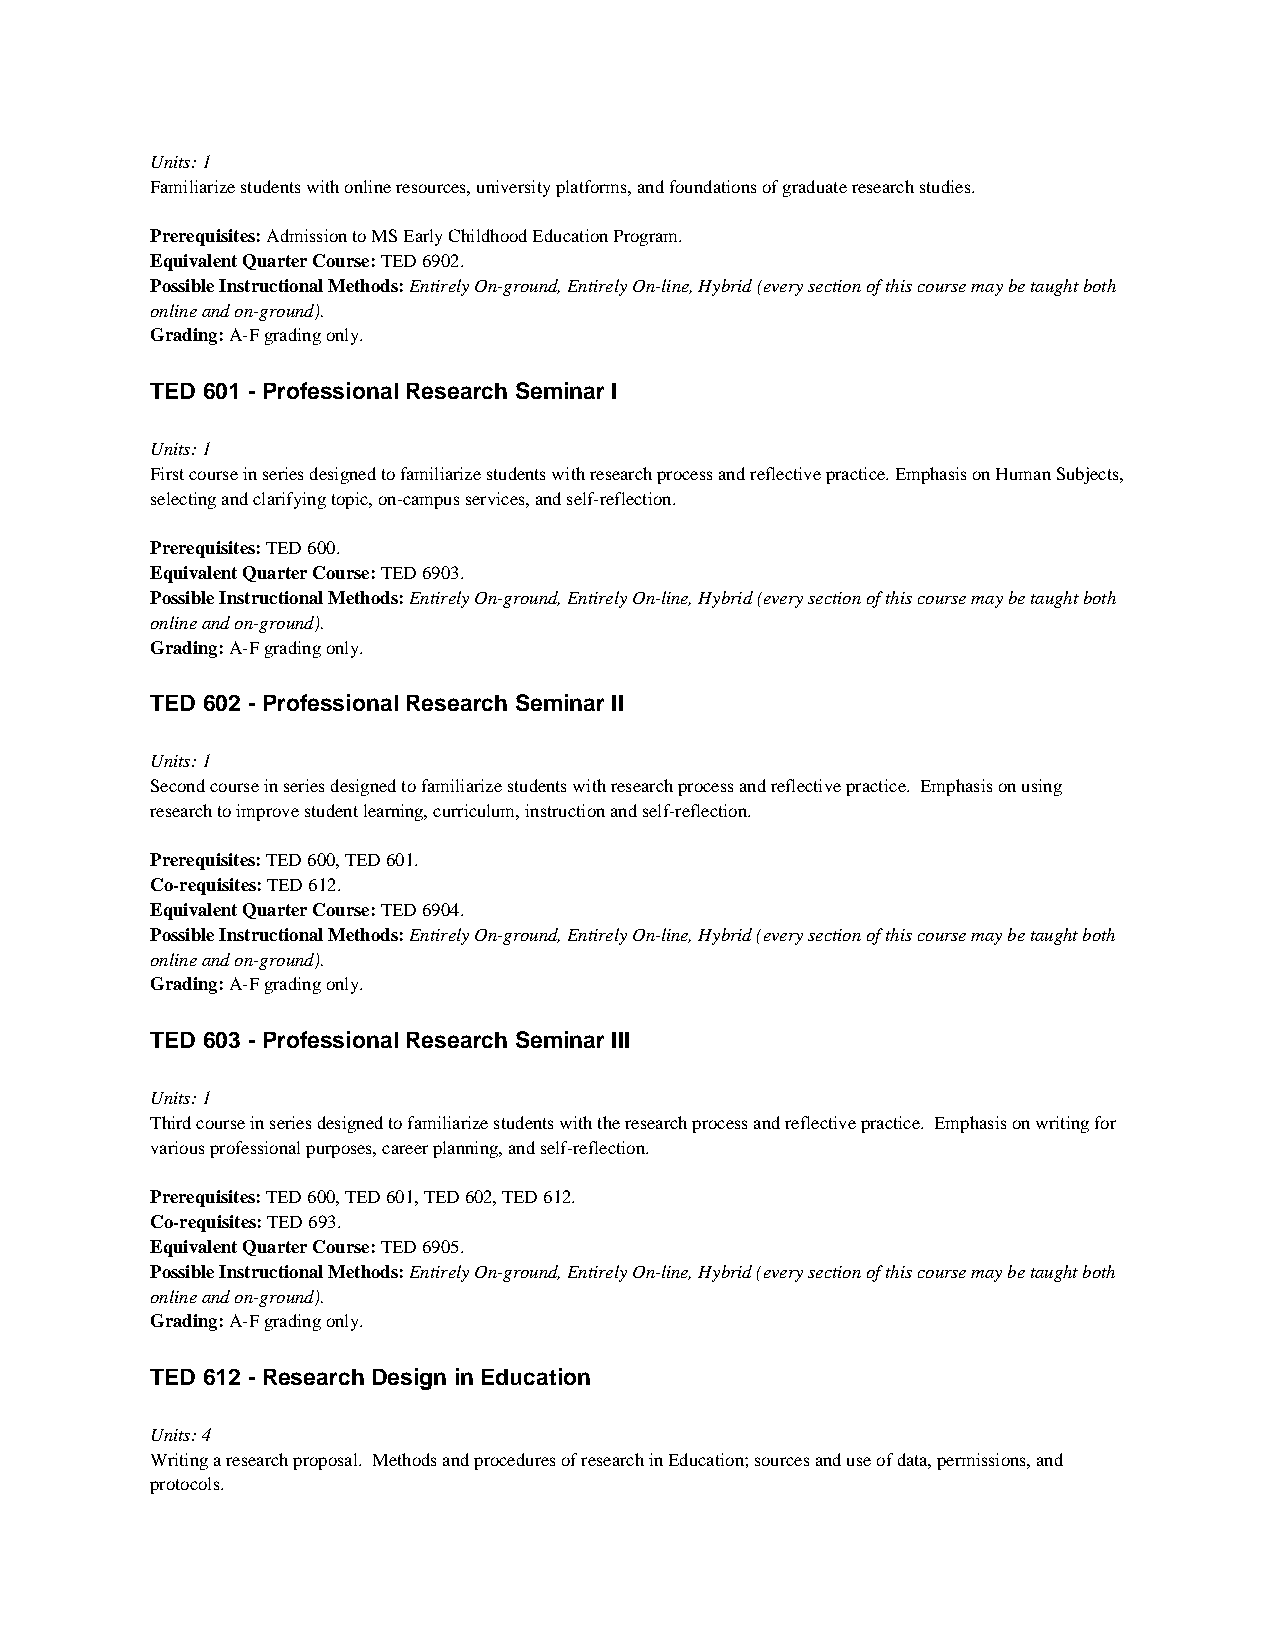
Units: 1
 Familiarize students with online resources, university platforms, and foundations of graduate research studies.
 Prerequisites: Admission to MS Early Childhood Education Program.
 Equivalent Quarter Course: TED 6902.
 Possible Instructional Methods: Entirely On-ground, Entirely On-line, Hybrid (every section of this course may be taught both
 online and on-ground).
 Grading: A-F grading only.
 TED 601 - Professional Research Seminar I
 Units: 1
 First course in series designed to familiarize students with research process and reflective practice. Emphasis on Human Subjects,
 selecting and clarifying topic, on-campus services, and self-reflection.
 Prerequisites: TED 600.
 Equivalent Quarter Course: TED 6903.
 Possible Instructional Methods: Entirely On-ground, Entirely On-line, Hybrid (every section of this course may be taught both
 online and on-ground).
 Grading: A-F grading only.
 TED 602 - Professional Research Seminar II
 Units: 1
 Second course in series designed to familiarize students with research process and reflective practice. Emphasis on using
 research to improve student learning, curriculum, instruction and self-reflection.
 Prerequisites: TED 600, TED 601.
 Co-requisites: TED 612.
 Equivalent Quarter Course: TED 6904.
 Possible Instructional Methods: Entirely On-ground, Entirely On-line, Hybrid (every section of this course may be taught both
 online and on-ground).
 Grading: A-F grading only.
 TED 603 - Professional Research Seminar III
 Units: 1
 Third course in series designed to familiarize students with the research process and reflective practice. Emphasis on writing for
 various professional purposes, career planning, and self-reflection.
 Prerequisites: TED 600, TED 601, TED 602, TED 612.
 Co-requisites: TED 693.
 Equivalent Quarter Course: TED 6905.
 Possible Instructional Methods: Entirely On-ground, Entirely On-line, Hybrid (every section of this course may be taught both
 online and on-ground).
 Grading: A-F grading only.
 TED 612 - Research Design in Education
 Units: 4
 Writing a research proposal. Methods and procedures of research in Education; sources and use of data, permissions, and
 protocols.